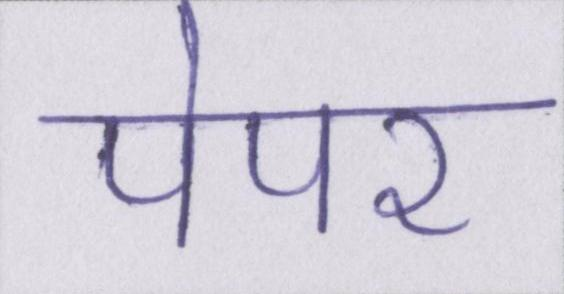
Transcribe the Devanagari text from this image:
पेपर